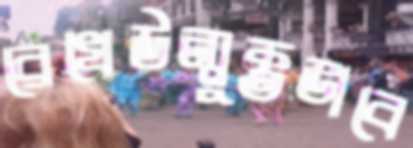
রেখেউন্মুক্তভাবে